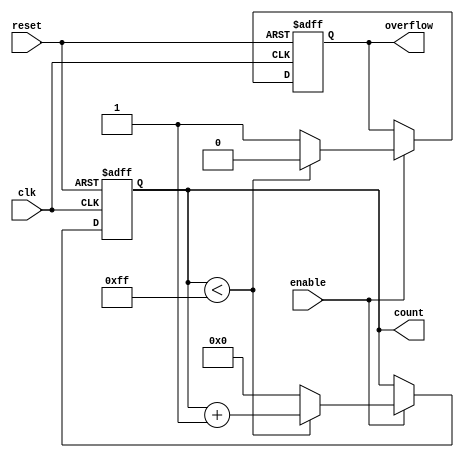
module windowed_counter #(
    parameter WINDOW_SIZE = 8, // Configurable window size (in bits)
    parameter INITIAL_COUNT = 0, // Initial count value
    parameter UP_DOWN = 1 // 1 for up count, 0 for down count
)(
    input wire clk,          // Clock input
    input wire reset,        // Asynchronous reset
    input wire enable,       // Enable signal
    output reg [WINDOW_SIZE-1:0] count, // Current count value
    output reg overflow      // Overflow indication
);

    // Internal signal for max count value based on window size
    localparam MAX_COUNT = (1 << WINDOW_SIZE) - 1;

    // Asynchronous reset and counting mechanism
    always @(posedge clk or posedge reset) begin
        if (reset) begin
            count <= INITIAL_COUNT; // Reset count to the initial value
            overflow <= 1'b0;        // Clear overflow signal
        end else if (enable) begin
            if (UP_DOWN) begin // Counting up
                if (count < MAX_COUNT) begin
                    count <= count + 1; // Increment count
                    overflow <= 1'b0;    // No overflow
                end else begin
                    count <= 0;          // Wrap around
                    overflow <= 1'b1;    // Set overflow flag
                end
            end else begin // Counting down
                if (count > 0) begin
                    count <= count - 1; // Decrement count
                    overflow <= 1'b0;    // No overflow
                end else begin
                    count <= MAX_COUNT;  // Wrap around
                    overflow <= 1'b1;     // Set overflow flag
                end
            end
        end
    end

endmodule